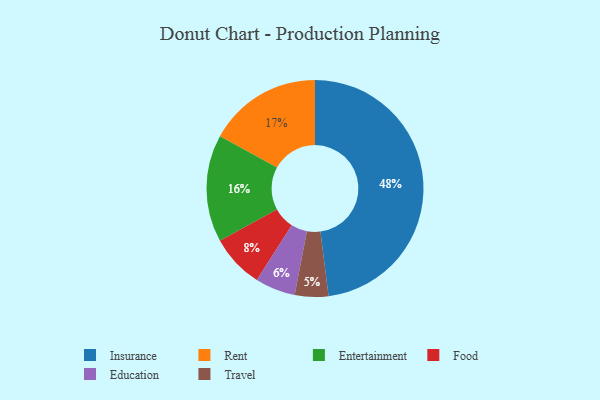
{"axis": {"x": "Category", "y": "Percentage"}, "legend": ["Education", "Entertainment", "Food", "Insurance", "Rent", "Travel"], "data": [{"x": "Insurance", "y": 48, "type": "Insurance"}, {"x": "Travel", "y": 5, "type": "Travel"}, {"x": "Food", "y": 8, "type": "Food"}, {"x": "Education", "y": 6, "type": "Education"}, {"x": "Entertainment", "y": 16, "type": "Entertainment"}, {"x": "Rent", "y": 17, "type": "Rent"}]}